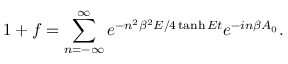
1 + f = \sum _ { n = - \infty } ^ { \infty } e ^ { - n ^ { 2 } \beta ^ { 2 } E / 4 \operatorname { t a n h } E t } e ^ { - i n \beta A _ { 0 } } .